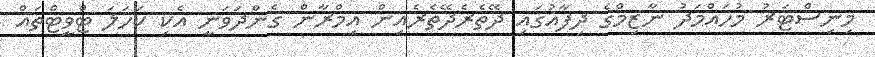
މިނިސްޓަރު މުހައްމަދު ނާޒިމްގެ ދިފާއުގައި ދޭތެރެދޭތެރެއިން އިމްރާން ގެންދަވަނީ އެކި ކަހަލަ ޓްވީޓްތައް